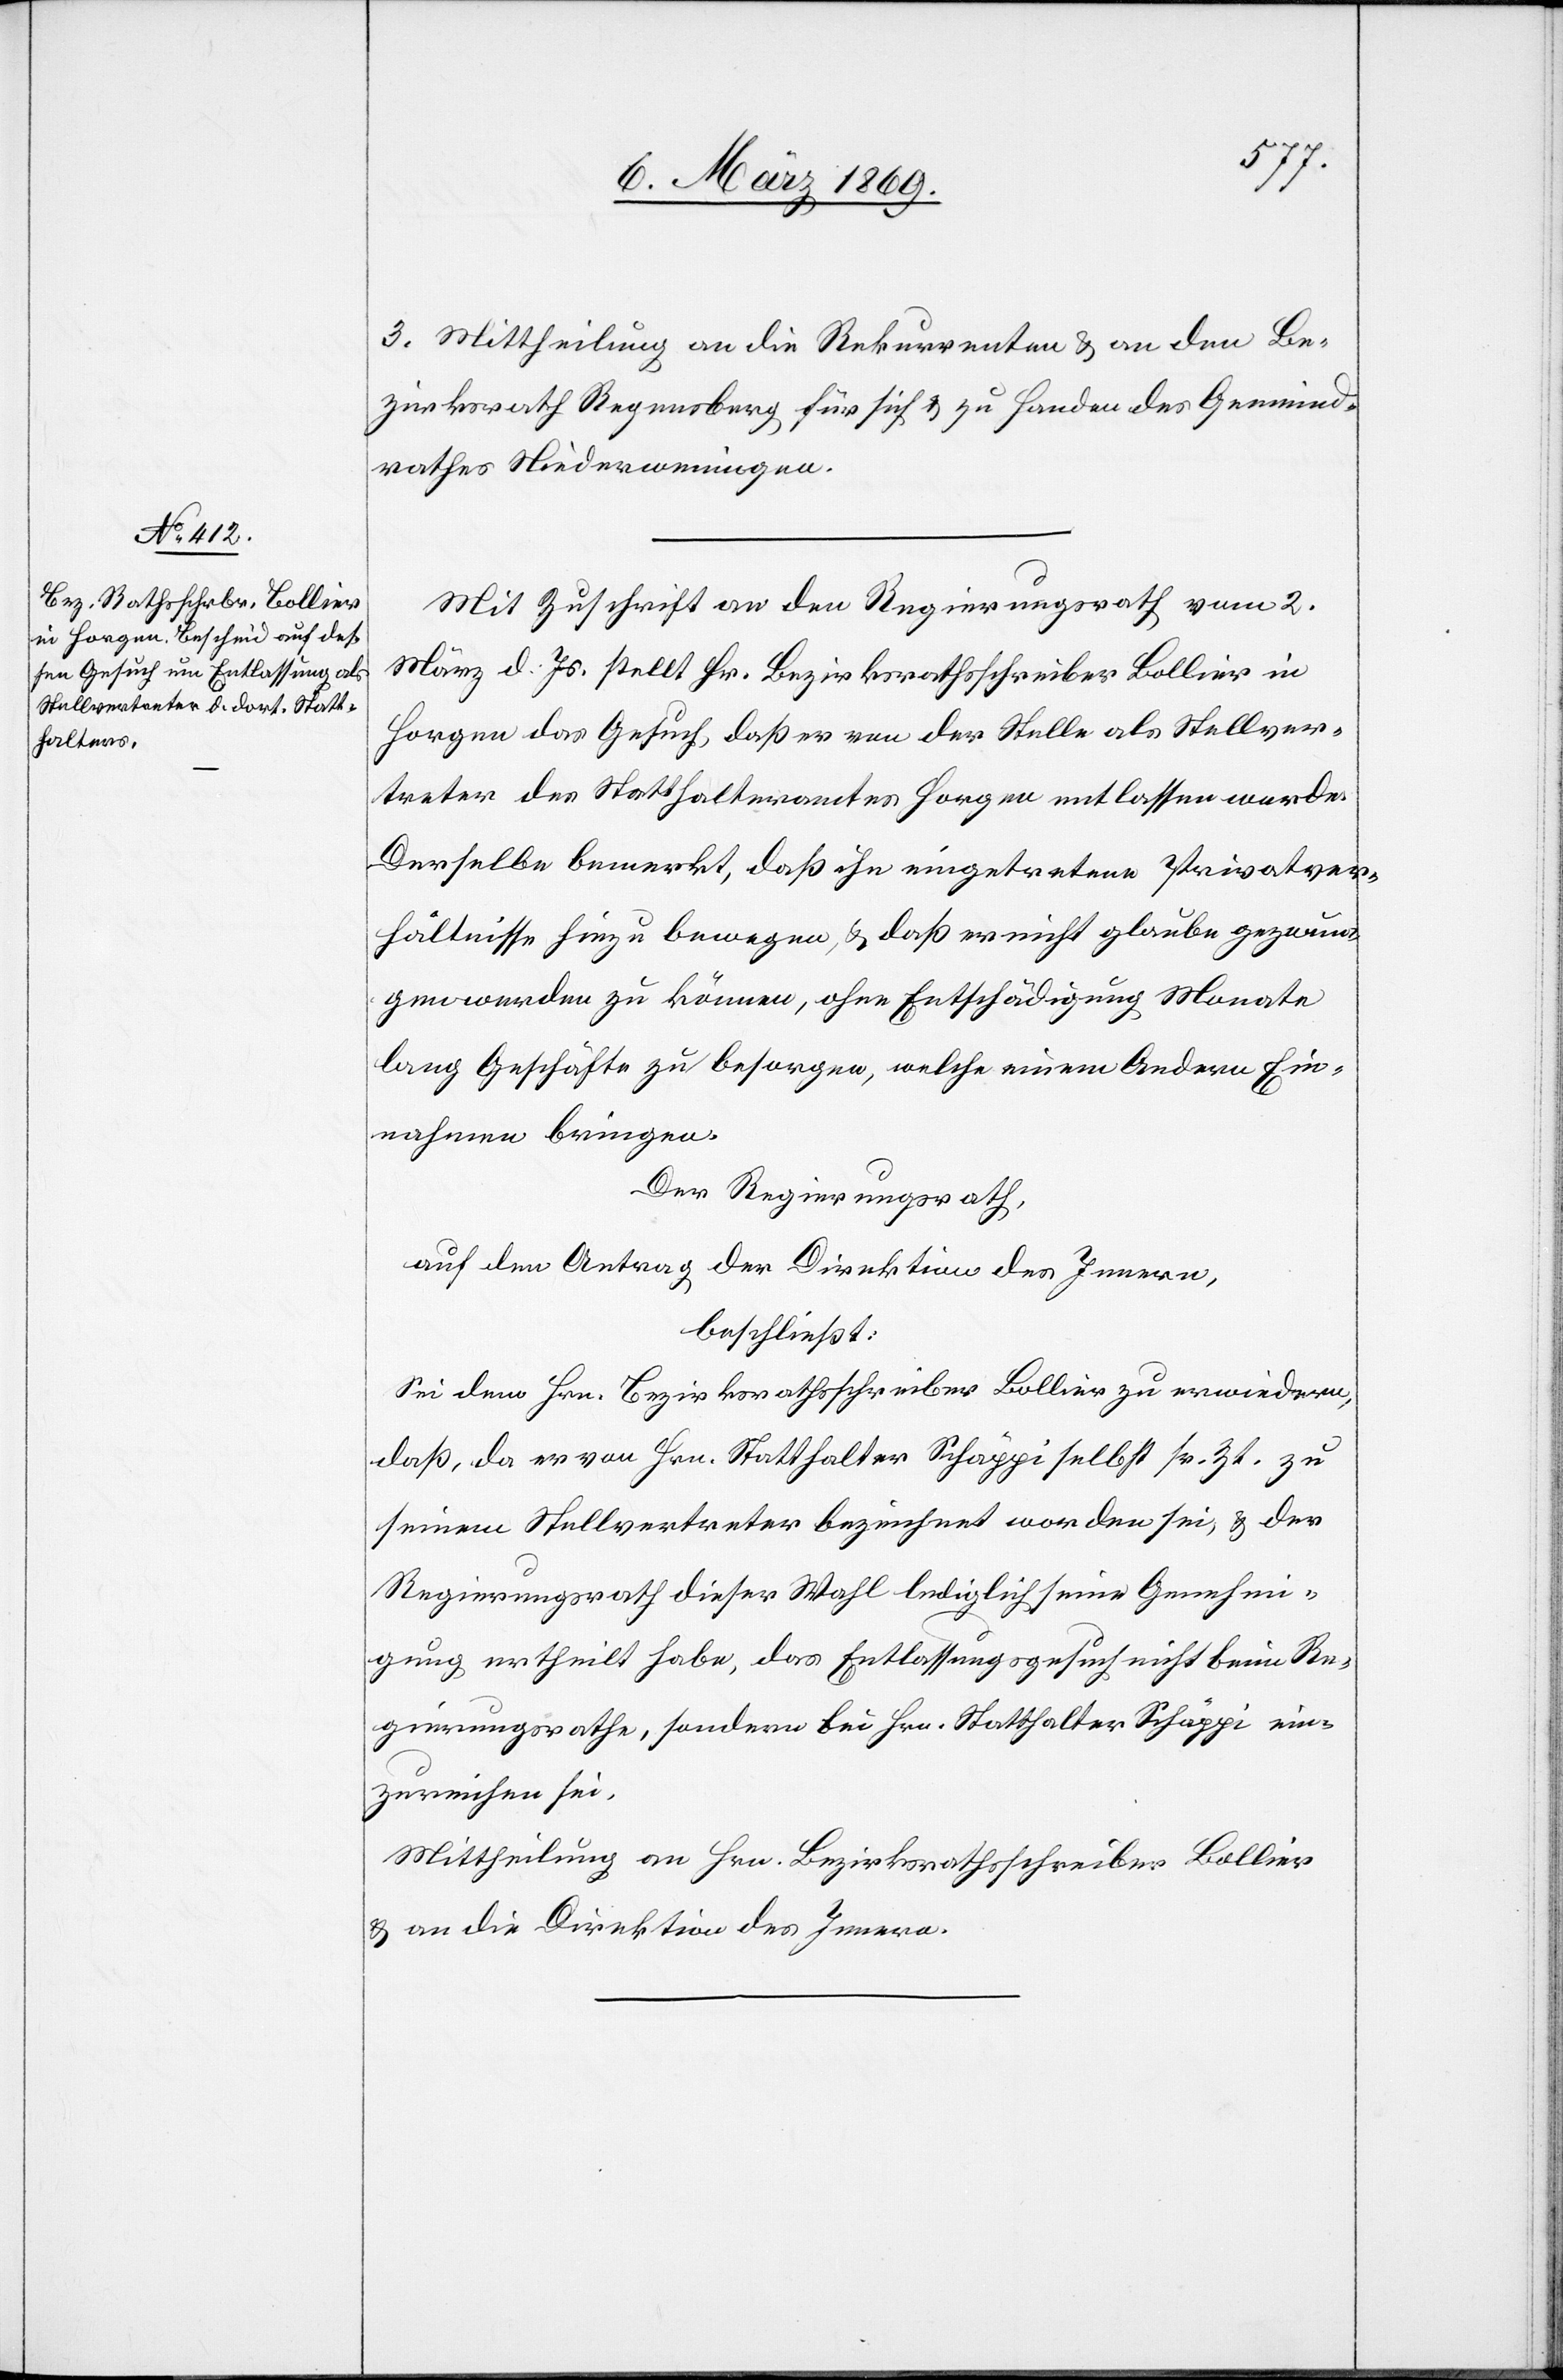
3. Mittheilung an die Rekurrenten & an den Be¬
zirksrath Regensberg für sich & zu Handen des Gemeind¬
rathes Niederweningen.
Mit Zuschrift an den Regierungsrath vom 2.
März d. Js. stellt Hr. Bezirksrathsschreiber Bollier in
Horgen das Gesuch, daß er von der Stelle als Stellver¬
treter des Statthalteramtes Horgen entlassen werde.
Derselbe bemerkt, daß ihn eingetretene Privatver¬
hältnisse hiezu bewegen, u. daß er nicht glaube gezwun¬
gen werden zu können, ohne Entschädigung Monate
lang Geschäfte zu besorgen, welche einem Andern Ein¬
nahmen bringen.
Der Regierungsrath,
auf den Antrag der Direktion des Innern,
beschließt:
Sei dem Hrn. Bezirksrathsschreiber Bollier zu erwiedern,
daß, da er von Hrn. Statthalter Schäppi selbst sr. Zt. zu
seinem Stellvertreter bezeichnet worden sei, & der
Regierungsrath dieser Wahl lediglich seine Genehmi¬
gung ertheilt habe, das Entlassungsgesuch nicht beim Re¬
gierungsrathe, sondern bei Hrn. Statthalter Schäppi ein¬
zureichen sei.
Mittheilung an Hrn. Bezirksrathsschreiber Bollier
& an die Direktion des Innern.